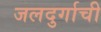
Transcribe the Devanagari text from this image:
जलदुर्गाची